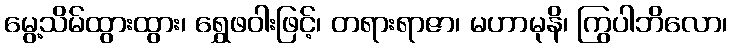
မွေ့သိမ်ထွားထွား၊ ရွှေဖဝါးဖြင့်၊ တရားရာဇာ၊ မဟာမုနိ၊ ကြွပါဘိလော၊